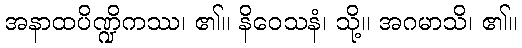
အနာထပိဏ္ဍိကဿ၊ ၏။ နိဝေသနံ၊ သို့။ အဂမာသိ၊ ၏။